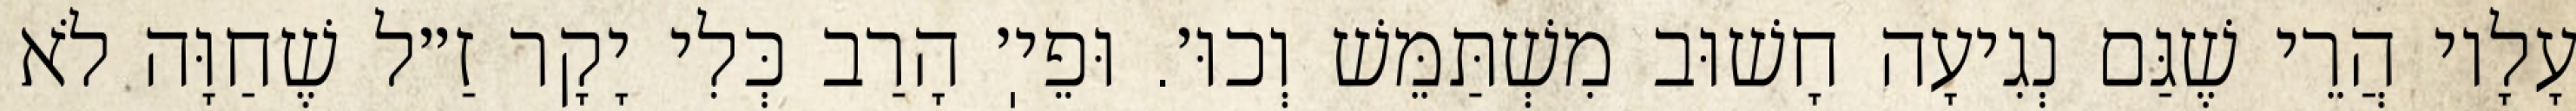
עָלָיו הֲרֵי שֶׁגַּם נְגִיעָה חָשׁוּב מִשְׁתַּמֵּשׁ וְכוּ׳. וּפֵיֽ׳ הָרַב כְּלִי יָקָר זַ״ל שֶׁחַוָּה לֹא